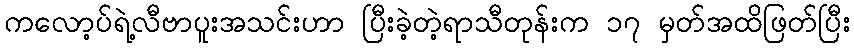
ကလော့ပ်ရဲ့လီဗာပူးအသင်းဟာ ပြီးခဲ့တဲ့ရာသီတုန်းက ၁၇ မှတ်အထိဖြတ်ပြီး